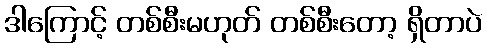
ဒါကြောင့် တစ်စီးမဟုတ် တစ်စီးတော့ ရှိတာပဲ